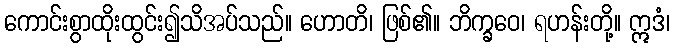
ကောင်းစွာထိုးထွင်း၍သိအပ်သည်။ ဟောတိ၊ ဖြစ်၏။ ဘိက္ခဝေ၊ ရဟန်းတို့။ ဣဒံ၊